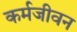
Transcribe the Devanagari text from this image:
कर्मजीवन